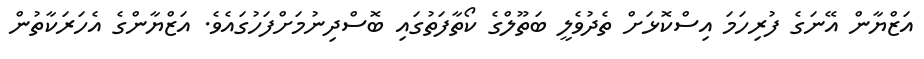
އަޒްޔާން އޭނަގެ ފުރިހަމަ އިސްކޮޅަށް ތެދުވެލީ ބަތޫލްގެ ކޯތާފަތުގައި ބޮސްދިނުމަށްފަހުގައެވެ. އަޒްޔާންގެ އެހަރަކާތުން